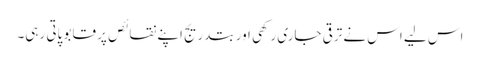
اس لیے اس نے ترقی جاری رکھی اور بتدریج اپنے نقائص پر قابو پاتی رہی۔